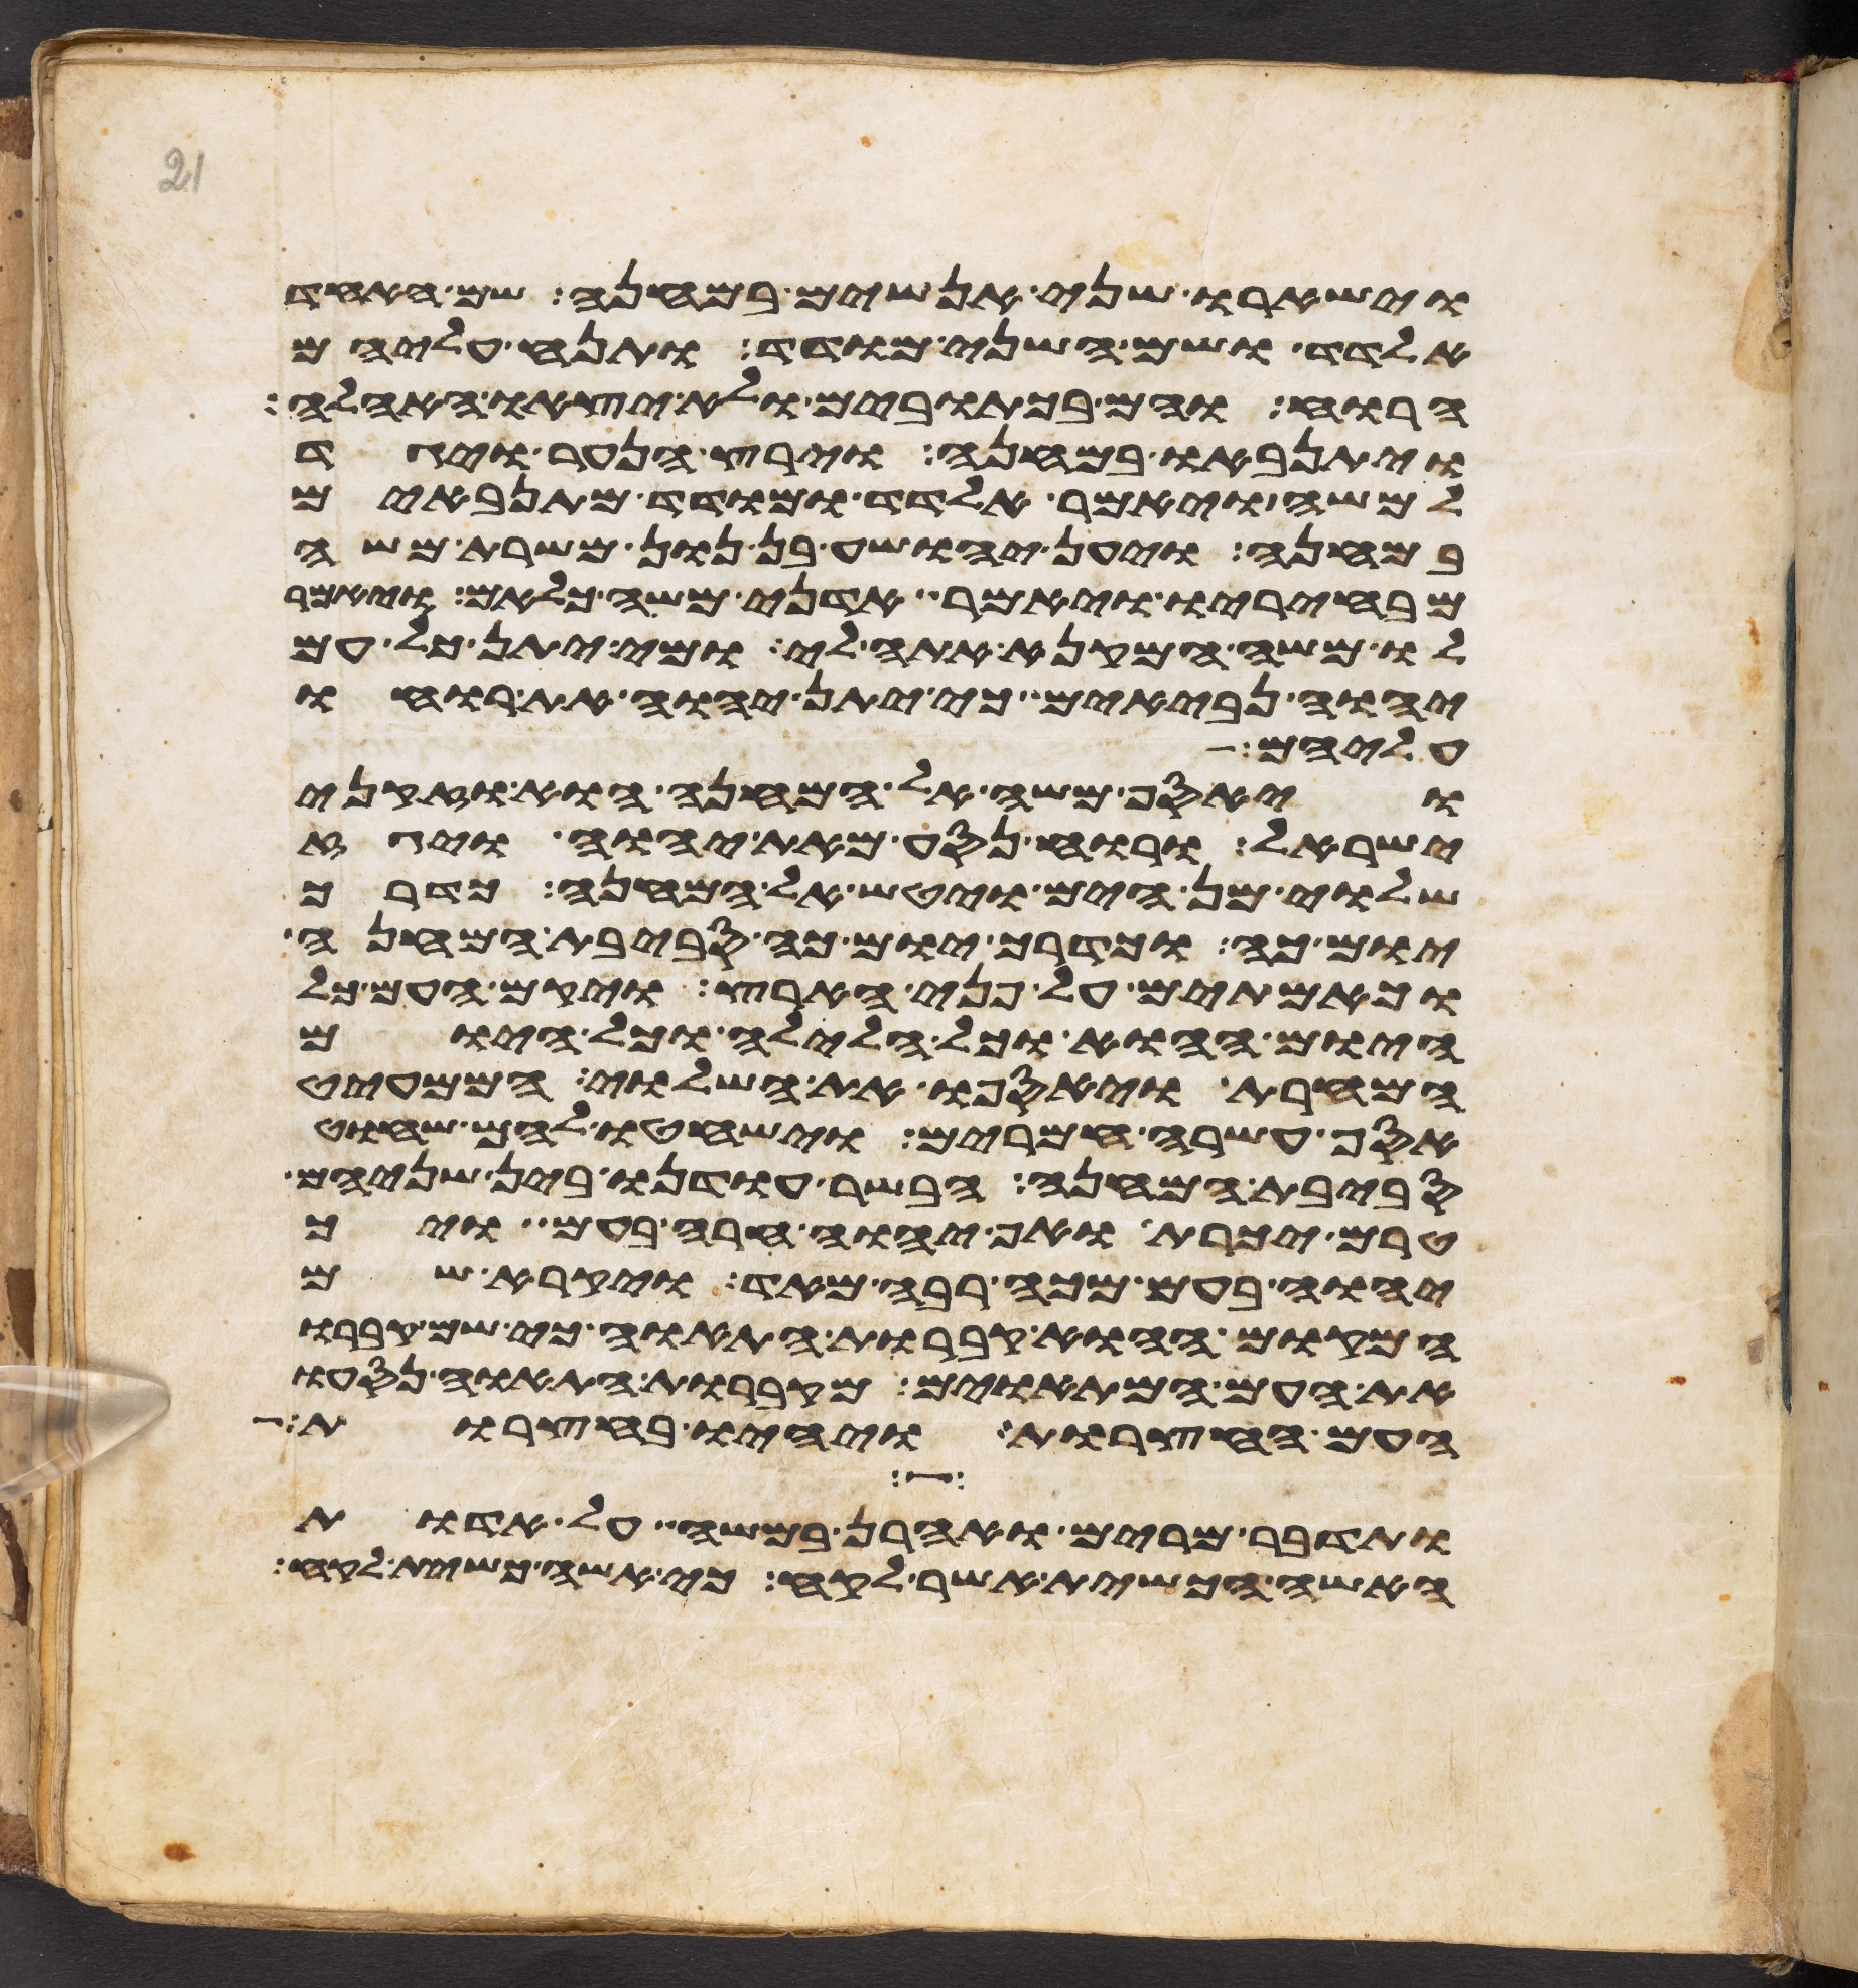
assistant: וישארו שני אנשים במחנה שם האחד
אלדד ושם השני מודד ותנח עליהם
הרוח והם בכתובים ולא יצאו האהלה
ויתנאבו במחנה וירץ הנער ויגד
למשה ויאמר אלדד ומודד מתנאבים
במחנה ויען יהושע בן נון משרת משה
מבחיריו ויאמר אדני משה כלאם ויאמר
לו משה המקנא אתה לי ומי יתן כל עם
יהוה נביאים כי יתן יהוה את רוחו
עליהם
ויאסף משה אל המחנה הוא וזקני
ישראל ורוח נסע מאת יהוה ויגז
שלוי מן הים ויטש אל המחנה כדרך
יום כה וכדרך יום כה סביבת המחנה
וכאמתים על פני הארץ ויקם העם כל
היום ההוא וכל הלילה וכל היום
המחרת ויאספו את השלוי הממעיט
אסף עשרה חמרים וישחטו להם שחוט
סביבת המחנה הבשר עודנו בין שניהם
טרם יכרת ואף יהוה חרה בעם ויך
יהוה בעם מכה רבה מאד ויקרא שם
המקום ההוא קברות התאוה כי שם קברו
את העם המתאוים מקברות התאוה נסעו
העם החצרות ויהיו בחצרות
ותדבר מרים ואהרן במשה על אדות
האשה הכשית אשר לקח כי אשה כשית לקח